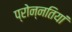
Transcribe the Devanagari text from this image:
प्रोन्नतियां